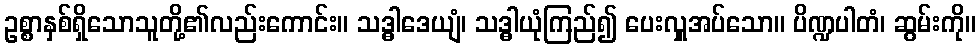
ဥစ္စာနှစ်ရှိသောသူတို့၏လည်းကောင်း။ သဒ္ဓါဒေယျံ၊ သဒ္ဓါယုံကြည်၍ ပေးလှူအပ်သော။ ပိဏ္ဍပါတံ၊ ဆွမ်းကို။